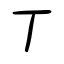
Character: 丁